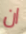
ان